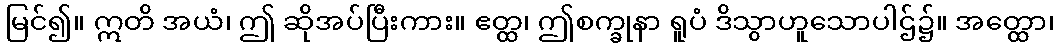
မြင်၍။ ဣတိ အယံ၊ ဤ ဆိုအပ်ပြီးကား။ ဧတ္ထ၊ ဤစက္ခုနာ ရူပံ ဒိသွာဟူသောပါဌ်၌။ အတ္ထော၊